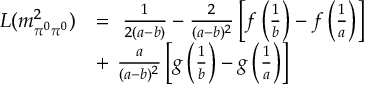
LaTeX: \begin{array} { r l } { { L ( m _ { \pi ^ { 0 } \pi ^ { 0 } } ^ { 2 } ) } } & { { = \ \frac { 1 } { 2 ( a - b ) } - \frac { 2 } { ( a - b ) ^ { 2 } } \left[ f \left( \frac { 1 } { b } \right) - f \left( \frac { 1 } { a } \right) \right] } } \\ { { } } & { { + \ \frac { a } { ( a - b ) ^ { 2 } } \left[ g \left( \frac { 1 } { b } \right) - g \left( \frac { 1 } { a } \right) \right] \ } } \end{array}